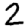
Digit: 2